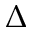
\Delta